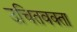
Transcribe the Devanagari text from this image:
उचितवक्ता